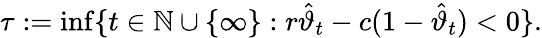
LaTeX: \tau:=\operatorname*{inf}\{ t\in\mathbb{N}\cup\{ \infty\} :r\hat{\vartheta}_{t}-c(1-\hat{\vartheta}_{t})<0\} .